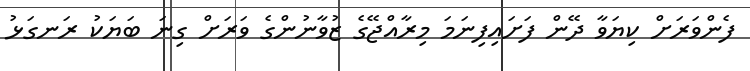
ފެންވަރަށް ކިޔަވާ ދޭން ފަށައިފިނަމަ މިރާއްޖޭގެ ޒުވާނުންގެ ވަރަށް ގިނަ ބަޔަކު ރަނގަޅު